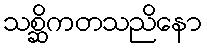
သစ္ဆိကတသညိနော